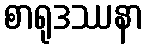
စာရုဒဿနာ